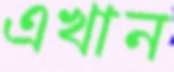
এখান